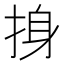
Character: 㧶